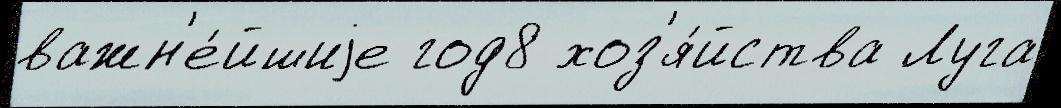
важн'е́йшиjе год8 хоз'я́йства Луга